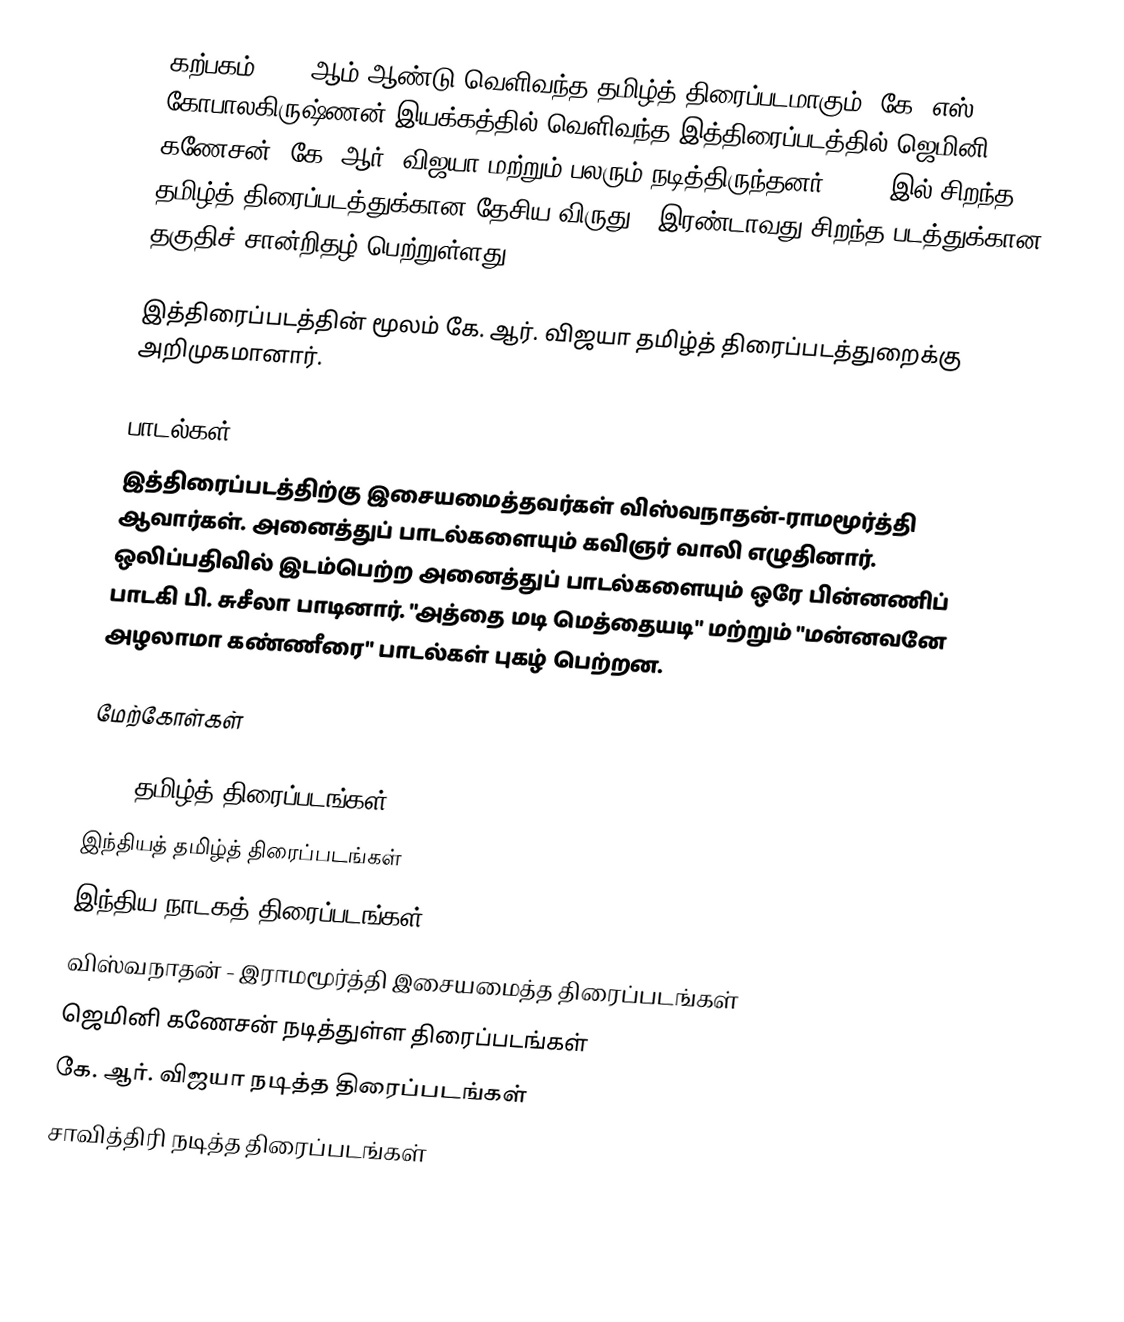
கற்பகம் 1963 ஆம் ஆண்டு வெளிவந்த தமிழ்த் திரைப்படமாகும். கே. எஸ். கோபாலகிருஷ்ணன் இயக்கத்தில் வெளிவந்த இத்திரைப்படத்தில் ஜெமினி கணேசன், கே. ஆர். விஜயா மற்றும் பலரும் நடித்திருந்தனர். 1964 இல் சிறந்த தமிழ்த் திரைப்படத்துக்கான தேசிய விருது - இரண்டாவது சிறந்த படத்துக்கான தகுதிச் சான்றிதழ் பெற்றுள்ளது.

இத்திரைப்படத்தின் மூலம் கே. ஆர். விஜயா தமிழ்த் திரைப்படத்துறைக்கு அறிமுகமானார்.

பாடல்கள்
இத்திரைப்படத்திற்கு இசையமைத்தவர்கள் விஸ்வநாதன்-ராமமூர்த்தி ஆவார்கள். அனைத்துப் பாடல்களையும் கவிஞர் வாலி எழுதினார். ஒலிப்பதிவில் இடம்பெற்ற அனைத்துப் பாடல்களையும் ஒரே பின்னணிப் பாடகி பி. சுசீலா பாடினார். "அத்தை மடி மெத்தையடி" மற்றும் "மன்னவனே அழலாமா கண்ணீரை" பாடல்கள் புகழ் பெற்றன.

மேற்கோள்கள்

1963 தமிழ்த் திரைப்படங்கள்
இந்தியத் தமிழ்த் திரைப்படங்கள்
இந்திய நாடகத் திரைப்படங்கள்
விஸ்வநாதன் - இராமமூர்த்தி இசையமைத்த திரைப்படங்கள்
ஜெமினி கணேசன் நடித்துள்ள திரைப்படங்கள்
கே. ஆர். விஜயா நடித்த திரைப்படங்கள்
சாவித்திரி நடித்த திரைப்படங்கள்